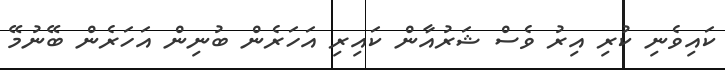
ކައިވެނި ކުރި އިރު ވެސް ޝަރުއާން ކައިރި އަހަރެން ބުނިން އަހަރެން ބޭނުމޭ